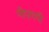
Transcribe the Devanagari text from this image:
पीएमपी